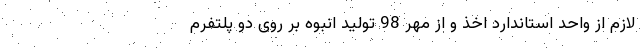
لازم از واحد استاندارد اخذ و از مهر 98 تولید انبوه بر روی دو پلتفرم